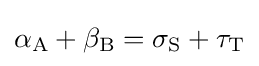
\alpha _{\mathrm {A} }+\beta _{\mathrm {B} }=\sigma _{\mathrm {S} }+\tau _{\mathrm {T} }